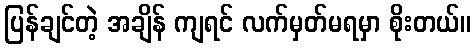
ပြန်ချင်တဲ့ အချိန် ကျရင် လက်မှတ်မရမှာ စိုးတယ်။